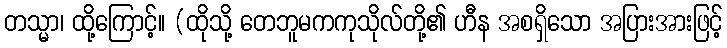
တသ္မာ၊ ထို့ကြောင့်။ (ထိုသို့ တေဘူမကကုသိုလ်တို့၏ ဟီန အစရှိသော အပြားအားဖြင့်